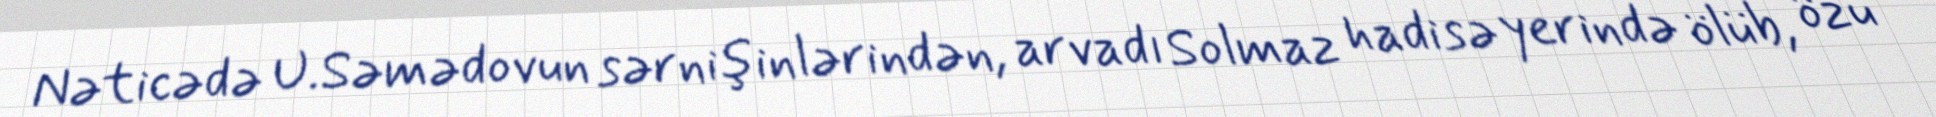
Nəticədə U.Səmədovun sərnişinlərindən, arvadı Solmaz hadisə yerində ölüb, özü